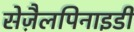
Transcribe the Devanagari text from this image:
सेज़ैलपिनाइडी